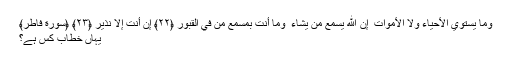
وَمَا يَسْتَوِي الْأَحْيَاءُ وَلَا الْأَمْوَاتُ ۚ إِنَّ اللَّهَ يُسْمِعُ مَن يَشَاءُ ۖ وَمَا أَنتَ بِمُسْمِعٍ مَّن فِي الْقُبُورِ ﴿٢٢﴾ إِنْ أَنتَ إِلَّا نَذِيرٌ ﴿٢٣﴾ ﴿سورة فاطر﴾
یہاں خطاب کس ہے؟